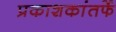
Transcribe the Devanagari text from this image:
प्रकाशकांतर्फे